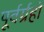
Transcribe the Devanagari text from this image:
पूर्वर्ग्रहों